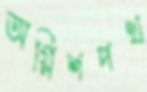
অগ্নিশপথ